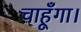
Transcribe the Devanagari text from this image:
चाहूँगा।